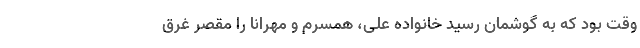
وقت بود که به گوشمان رسید خانواده علی، همسرم و مهرانا را مقصر غرق